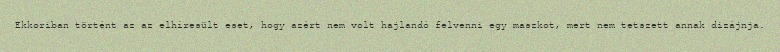
Ekkoriban történt az az elhíresült eset, hogy azért nem volt hajlandó felvenni egy maszkot, mert nem tetszett annak dizájnja.